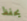
يحفظ